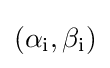
{\textstyle (\alpha _{\mathrm {i} },\beta _{\mathrm {i} })}